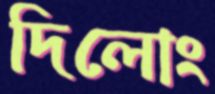
দিলোং